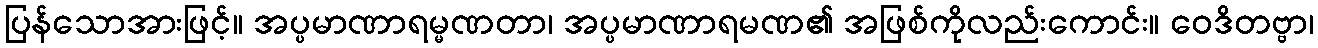
ပြန်သောအားဖြင့်။ အပ္ပမာဏာရမ္မဏတာ၊ အပ္ပမာဏာရမဏ၏ အဖြစ်ကိုလည်းကောင်း။ ဝေဒိတဗ္ဗာ၊